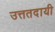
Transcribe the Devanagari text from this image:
उत्ततदायी